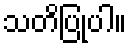
သတိပြုပါ။